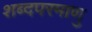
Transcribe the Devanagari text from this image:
शब्दपरमाणु